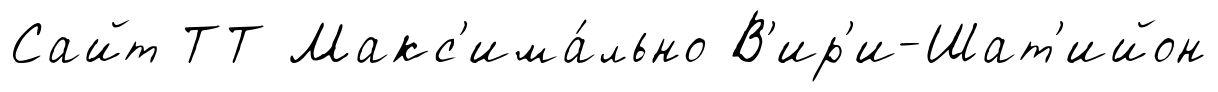
Сайт ТТ Макс'има́льно В'ир'и-Шат'ийон